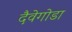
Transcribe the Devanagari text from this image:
दैवेगोडा